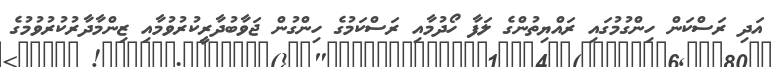
އަދި ރަސްކަން ހިންގުމުގައި ރައްޔިތުންގެ ލަފާ ހޯދުމާއި ރަސްކަމުގެ ހިންގުން ޖަވާބުދާރީކުރުވުމާއި ޒިންމާދާރުކުރުވުމުގެ